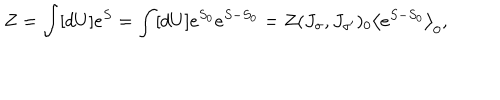
Z = \int [ d U ] e ^ { S } = \int [ d U ] e ^ { S _ { 0 } } e ^ { S - S _ { 0 } } = Z ( J _ { \sigma } , J _ { \sigma ^ { \prime } } ) _ { 0 } \left\langle e ^ { S - S _ { 0 } } \right\rangle _ { 0 } ,